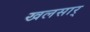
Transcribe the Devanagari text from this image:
खलसार्